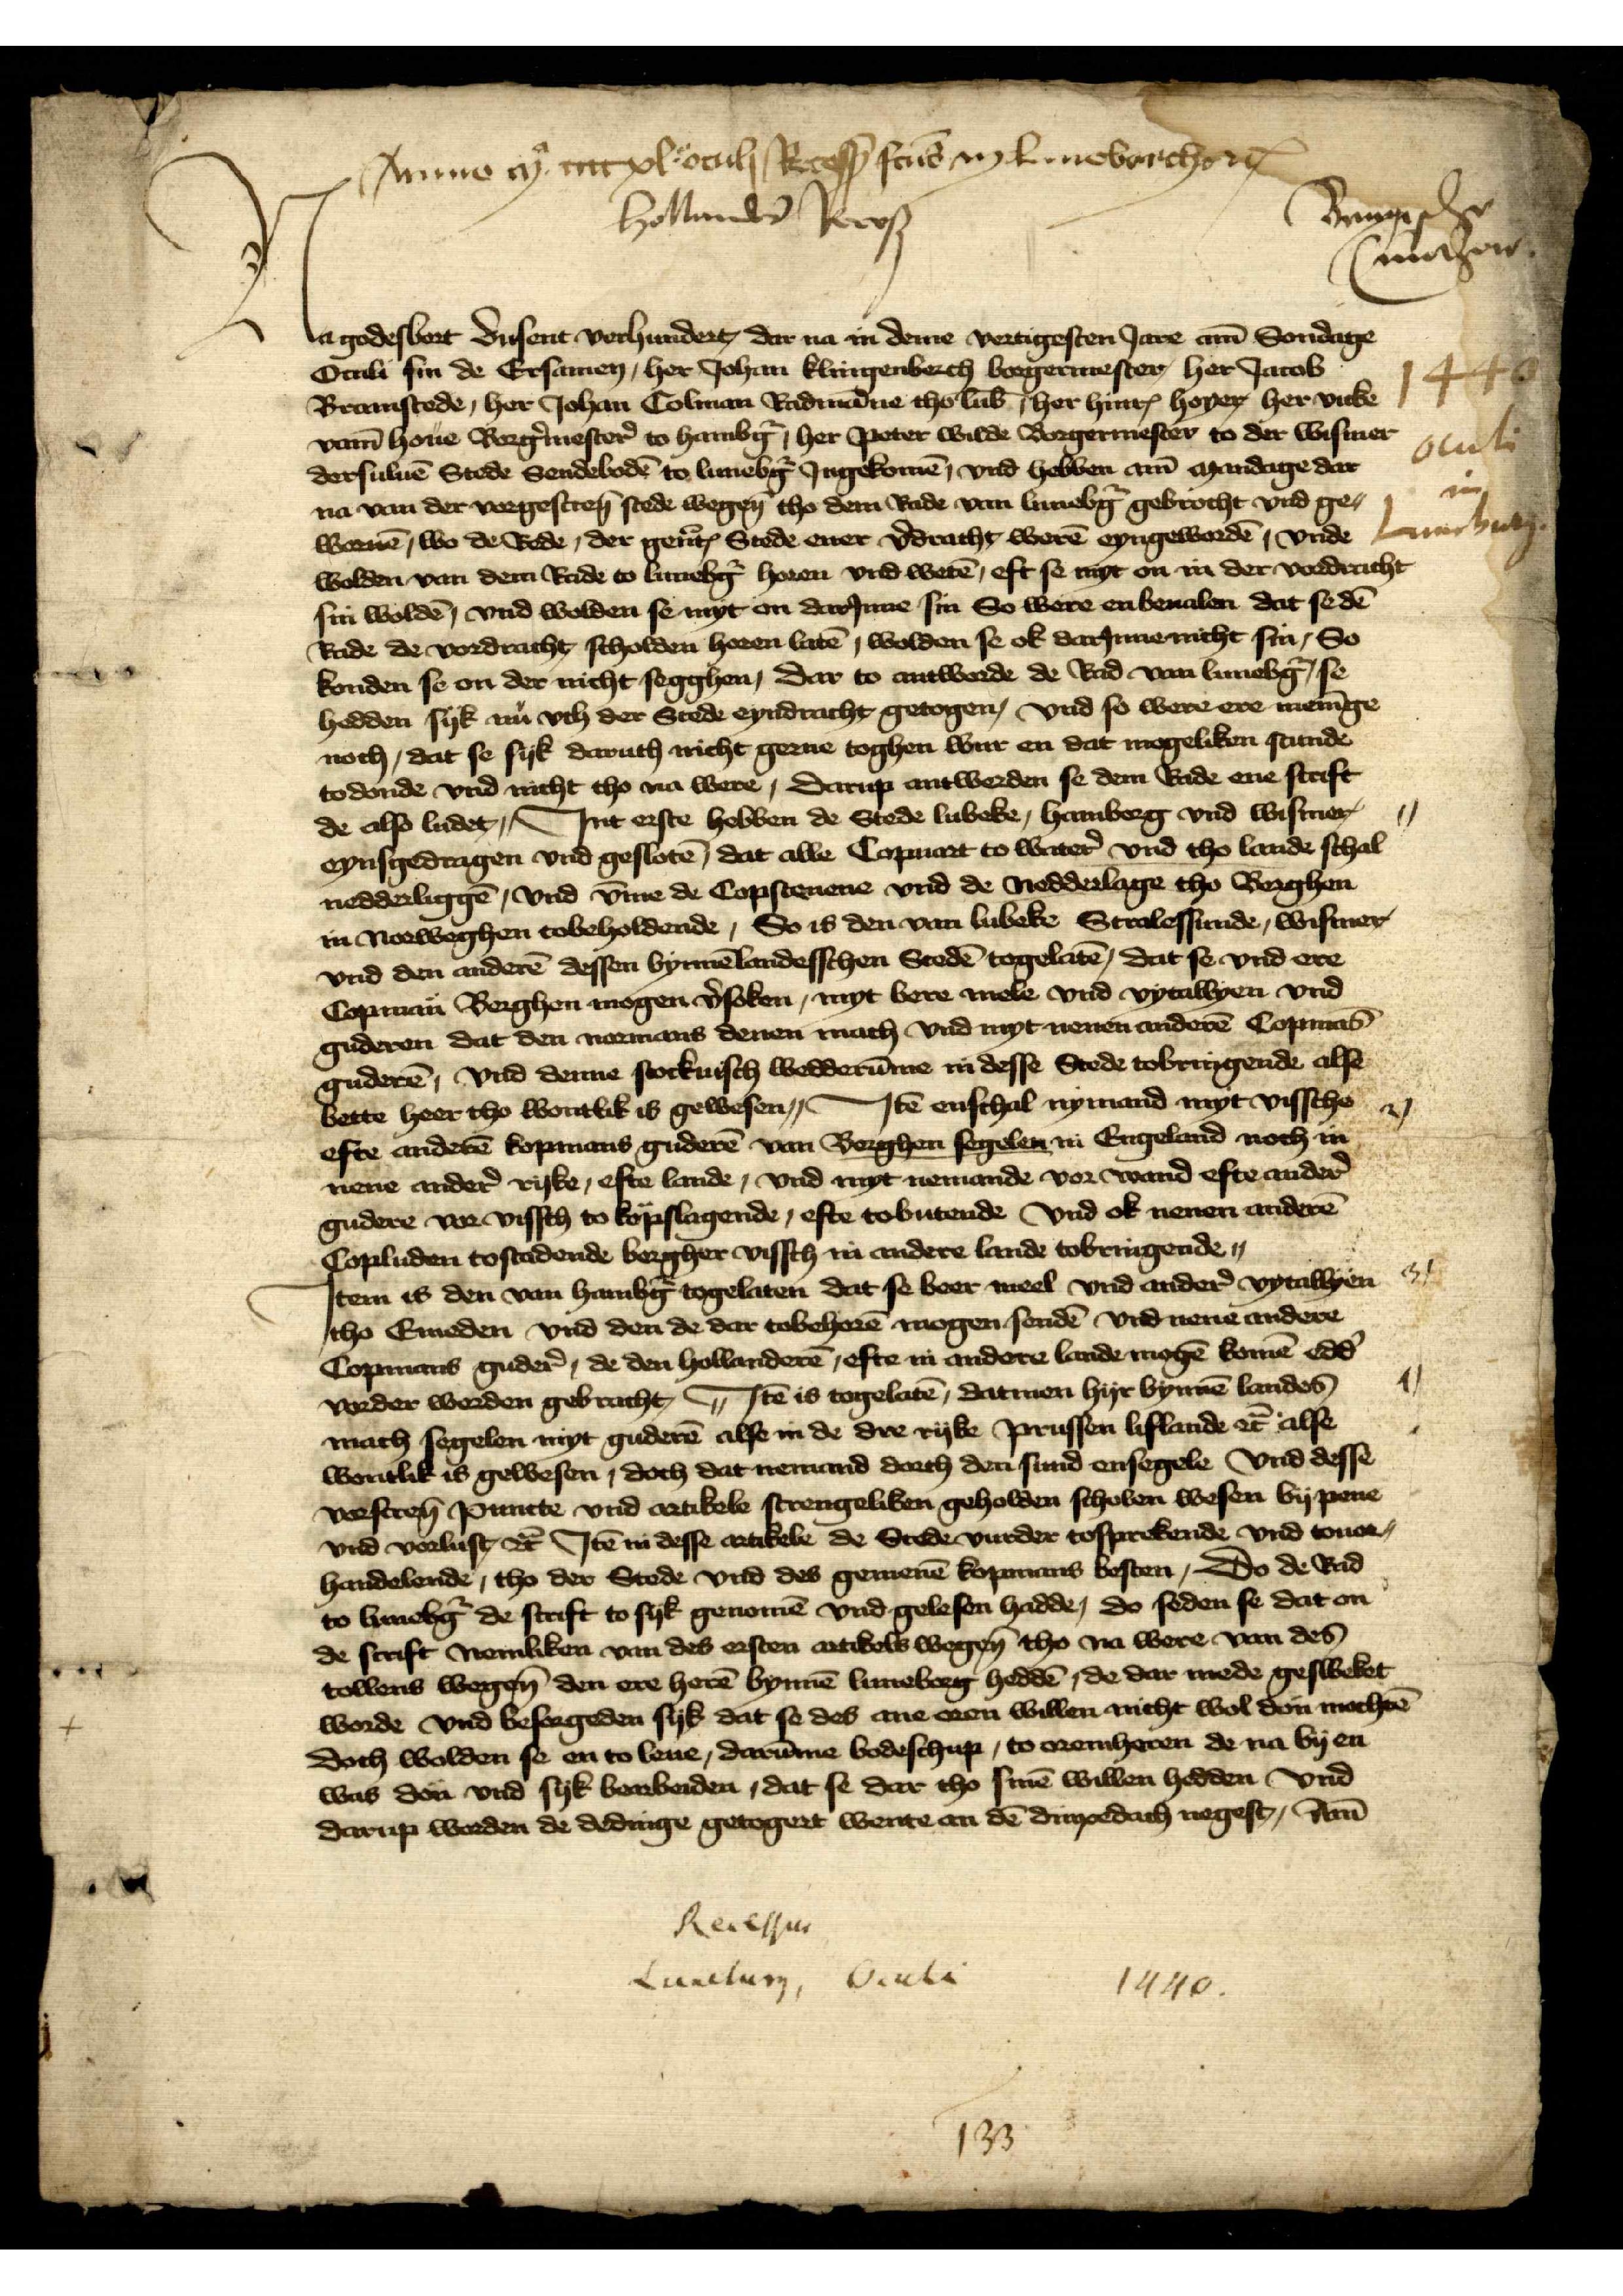
Anno etc iicc xl oculi Recesß scus in Luneborch etc
Hollander Recesß

Recessus
Na godesbort dusent vorhundert, dar na in deme vertigestern Jare am̄ Sondage
Oculi sin de Ersamen, her Johan Klingenberch borgermester, her Jacob
Bramstede, her Johan Colman Radmāne tho Lub̄, her HinrꝬ Hoyer, her Vicke
vam̄ Houe Borg̉mester̉ to Hambg̉, her Peter Wilde Borgermester to der Wismer
dersuluē Stede Sendebodē to Lunebg̉ Jngekomē, vnd hebben am̄ mandage da
na van der vorgescreū stede wegen̄ tho dem Rade van Lunebg̉ gebracht vnd ge-
woruē, wo de Rede, der gen̄tꝬ Stede ener v̉dracht werē eyngewordē, vnde
wolden van dem Rade to Lunebg̉ hore vnd wetē, eft se myt on van der vordracht
sin woldē, vnd wolden se myt on darJnne sin So were enbeualen dat se dē
Rade de vordracht, scholden horen latē, wolden se ok darJnne nicht sin, So
konden se on der nicht segghen, dar to antworde de Rad van Lunebg̉, se
hedden syk nu vth der Stede eyndracht getogen, vnd so were ere menīge
noch, dat se syk daruth nicht gerne toghen wor en dat mogeliken stunde
todonde vnd nicht tho na were, darup antwerden se dem ade ere scrift
de also ludet, | Jnt erste hebben de Stede Lubeke, Hamborg vnd Wismer
mysgedragen vnd geslote |, dat alle Copuart to water̉ vnd tho lande schal
nedderliggē, vnd v̄me de Copsteuene vnd de nedderlage tho Berghen
to Norweghen tobeholdende, So is den van Lubeke Stralessunde, Wismer
vnd den anderē dessen bynnēlandesschen Stedē togolatē, dat se vnd ere
Copman Berghen mogen v̉soken, myt bere mele vnd vytallyen vnd
guderen dat den normans deenen mach vnd myt nenen anderē Copmās
guderē, vnd denne stockuisch wedderūme in desse Stede tobringende alse
bette heer tho wontlik is gewesen | Itē enschal nymand myt vissche
efte anderē kopmans guderē van Berghen segelen na Engeland noch in
nene ander̉ ryke, efte lande, vnd myt nemande vor ward efte ander̉
gudere vor vissch to kopslagende, efte tobutende vnd ok nenen anderē
Copluden tostodende borgher vissch na atadere wade tobrigende |
Item is den van Hambg̉ togelaten dat se beer meel vnd ander̉ vytallyen
tho Emeden vnd den de dar tobehorē mogen sendē vnd nene andere
Copmans guder̉, de den Hollanderē, efte in andere lande mogē komē edd̉
vorder werden gebracht, | Itē is togelotē, datmen hyr bynnē landes
mach segelen myt guderē alse in de dre ryke Prussen Lifflande et̉ alse
wontlik is gewesen, doch dat nemand dorch den sund ensegele vnd desse
vorscreū punte vnd artikele strengeliken geholden schoben wesen by pene
vnd vorlust et̉ Itē desse artikele de Stede vurder tosprekende vnd touor
handelende, tho der Stede vnd des gemenē kopmans besten, Do de Rad
to Lunebg̉ de scrift to syk genomē vnd gelesen hadde, do seden se dat on
de scrift nemliken van des ersten artikels wegen̄ tho na were van des
tollens wegen̄ den ere herē bynnē Luneborg heddē, de dar mede gesweket
worde vnd besorgeden syk dat se des ane eren willen nicht wol don mochtē
doch wolden se en leue, darūme bodeschop, to oremheren de na by en
was dor vnd syk bernbeiden, dat se dar tho sinē willen hedden vnd
darup worden de dedinge gotogert wente an dē dinxedach negest, Am

Recessus
Luneburg, Oculi
1440

133

Bruysche
Canhow
1440
oculi
in
Luneburg